Source: Handwritten
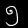
Digit: ၅ (5)